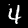
Digit: 4